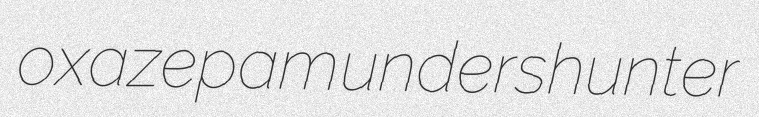
oxazepam undershunter